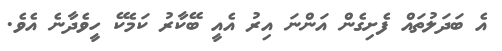
އެ ބަދަލުތައް ފެށިގެން އަންނަ އިރު އެއީ ބޭކާރު ކަމެކޭ ހީވެދާނެ އެވެ.